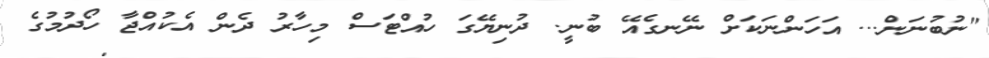
"ނުބުނަން... އަހަންނަކަށް ނޭނގެއޭ ބުނީ. ދުނިޔޭގަ ހުއްޓަސް މިހާރު ދެން އެކުއްޖާ ހޯދުމުގެ